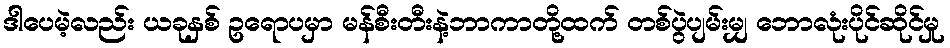
ဒါပေမဲ့လည်း ယခုနှစ် ဥရောပမှာ မန်စီးတီးနဲ့ဘာကာတို့ထက် တစ်ပွဲပျမ်းမျှ ဘောလုံးပိုင်ဆိုင်မှု